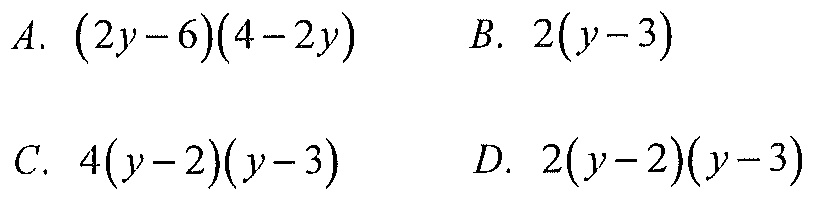
$A.\ (2y - 6)(4 - 2y)\quad B.\ 2(y - 3)$
$C.\ 4(y - 2)(y - 3)\quad D.\ 2(y - 2)(y - 3)$